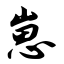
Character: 崽